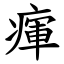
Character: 瘒